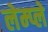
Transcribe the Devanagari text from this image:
लेम्प्ले